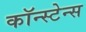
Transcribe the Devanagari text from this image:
कॉन्स्टेन्स